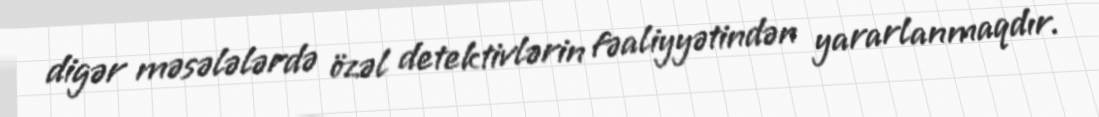
digər məsələlərdə özəl detektivlərin fəaliyyətindən yararlanmaqdır.